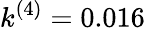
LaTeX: k^{(4)}=0.016